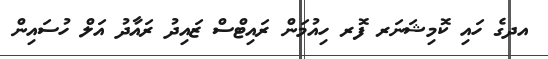
އދގެ ހައި ކޮމިޝަނަރ ފޮރ ހިއުމަން ރައިޓްސް ޒައިދު ރައާދު އަލް ހުސައިން